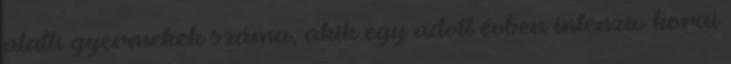
alatti gyermekek száma, akik egy adott évben intenzív korai